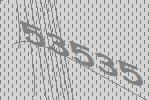
53535